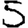
Digit: 5